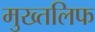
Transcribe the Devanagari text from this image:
मुख्तलिफ